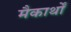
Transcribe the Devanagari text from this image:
मैकार्थों